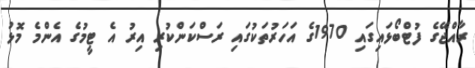
ރާއްޖޭގެ ފުޓްބޯޅައިގައި 1970ގެ އަހަރުތަކުގައި ރަސްކަންކުރި އިރު އެ ޓީމުގެ އެންމެ މޮޅު